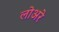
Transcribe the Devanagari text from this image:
लोअरे